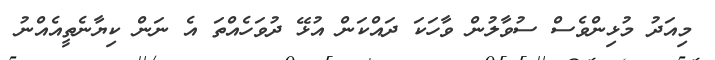
މިއަދު މުޅިންވެސް ސުވާލުން ވާހަކަ ދައްކަން އުޅޭ ދުވަހެއްތަ އެ ނަން ކިޔާނެތީއެއްނު